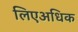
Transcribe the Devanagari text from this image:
लिएअधिक